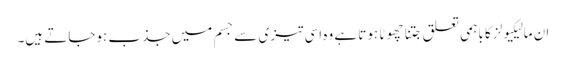
ان مالیکیولز کا باہمی تعلق جتنا چھوٹا ہوتا ہے وہ اسی تیزی سے جسم میں جذب ہوجاتے ہیں۔